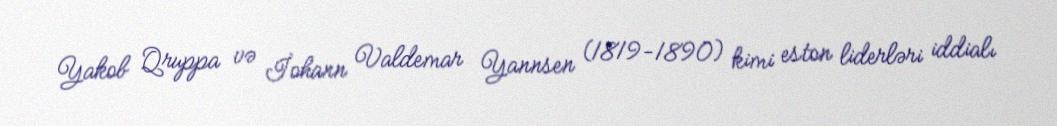
Yakob Qruppa və İohann Valdemar Yannsen (1819-1890) kimi eston liderləri iddialı